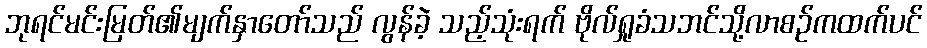
ဘုရင်မင်းမြတ်၏မျက်နှာတော်သည် လွန်ခဲ့ သည့်သုံးရက် ဗိုလ်ရှုခံသဘင်သို့လာစဉ်ကထက်ပင်